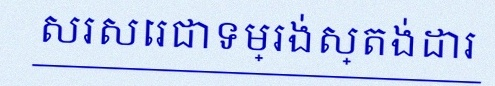
សរសេរជាទម្រង់ស្តង់ដារ